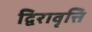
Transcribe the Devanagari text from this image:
द्विरावृत्ति